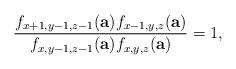
LaTeX: \begin{align*}\frac{f_{x+1,y-1,z-1}(\textbf{a})f_{x-1,y,z}(\textbf{a})}{f_{x,y-1,z-1}(\textbf{a})f_{x,y,z}(\textbf{a})}=1,\end{align*}